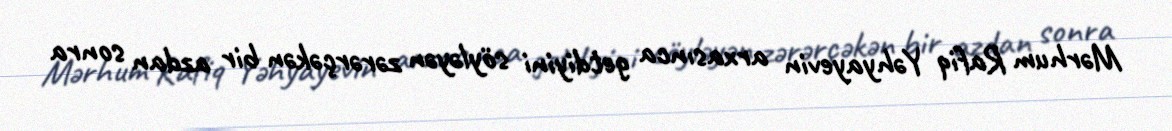
Mərhum Rafiq Yəhyayevin arxasınca getdiyini söyləyən zərərçəkən bir azdan sonra